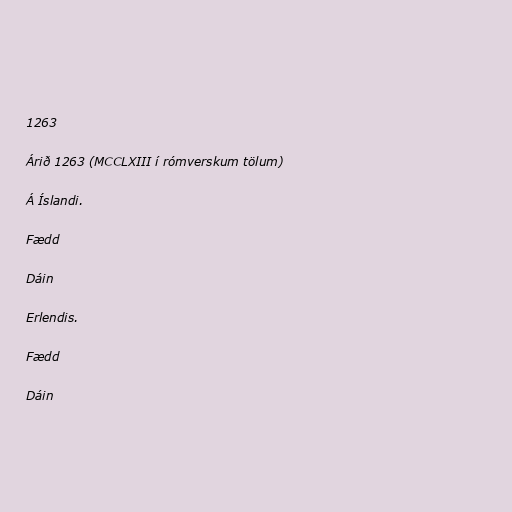
1263

Árið 1263 (MCCLXIII í rómverskum tölum)

Á Íslandi.

Fædd

Dáin

Erlendis.

Fædd

Dáin